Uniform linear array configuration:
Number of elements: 4
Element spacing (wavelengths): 0.25
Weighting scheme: exponential
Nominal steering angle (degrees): -30
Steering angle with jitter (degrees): -28.336
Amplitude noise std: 0.05
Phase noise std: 0.05

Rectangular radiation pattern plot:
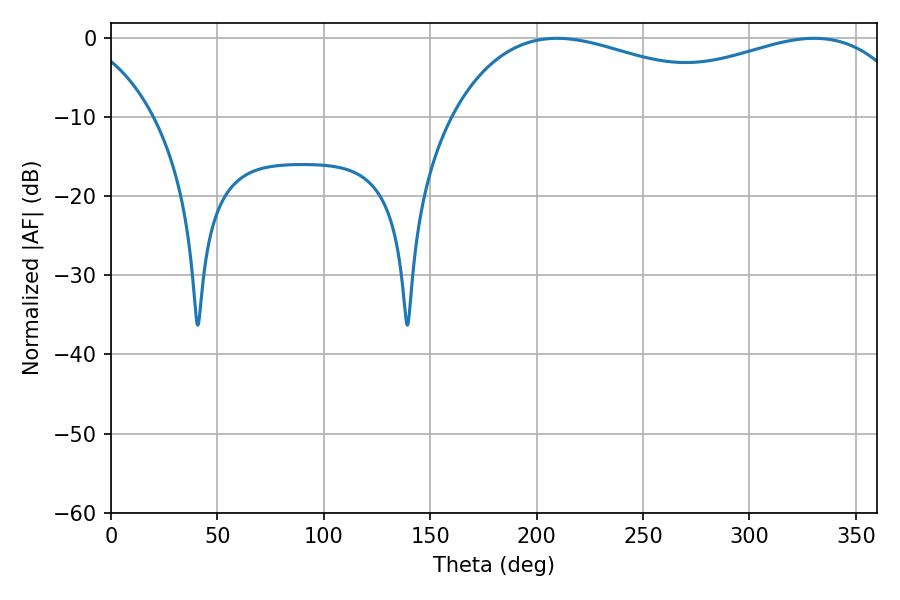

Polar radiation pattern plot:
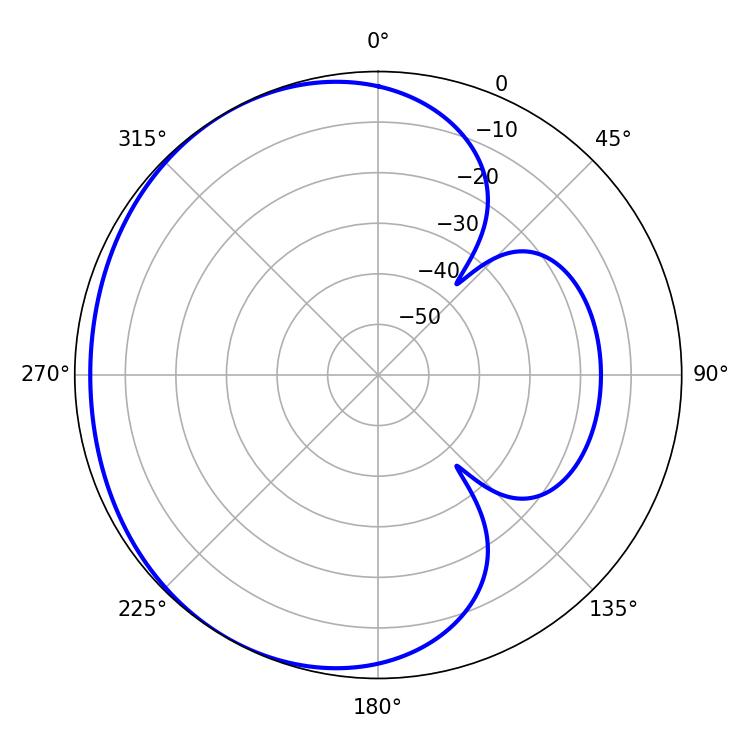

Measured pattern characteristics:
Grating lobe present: FALSE
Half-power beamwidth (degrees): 84.78
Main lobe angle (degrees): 209.52